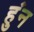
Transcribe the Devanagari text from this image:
हुंन